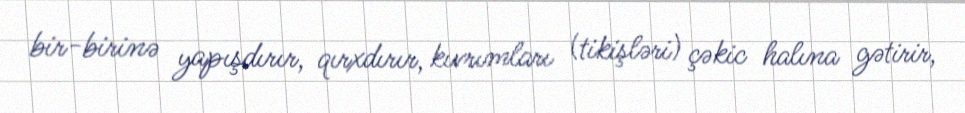
bir-birinə yapışdırır, qırxdırır, kıvrımları (tikişləri) çəkic halına gətirir,